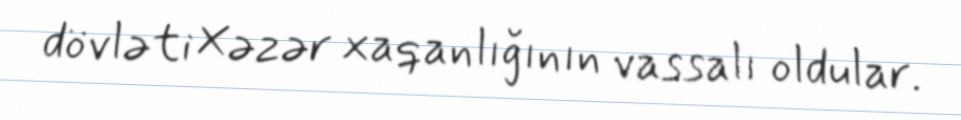
dövləti Xəzər xaqanlığının vassalı oldular.